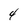
Character: 4